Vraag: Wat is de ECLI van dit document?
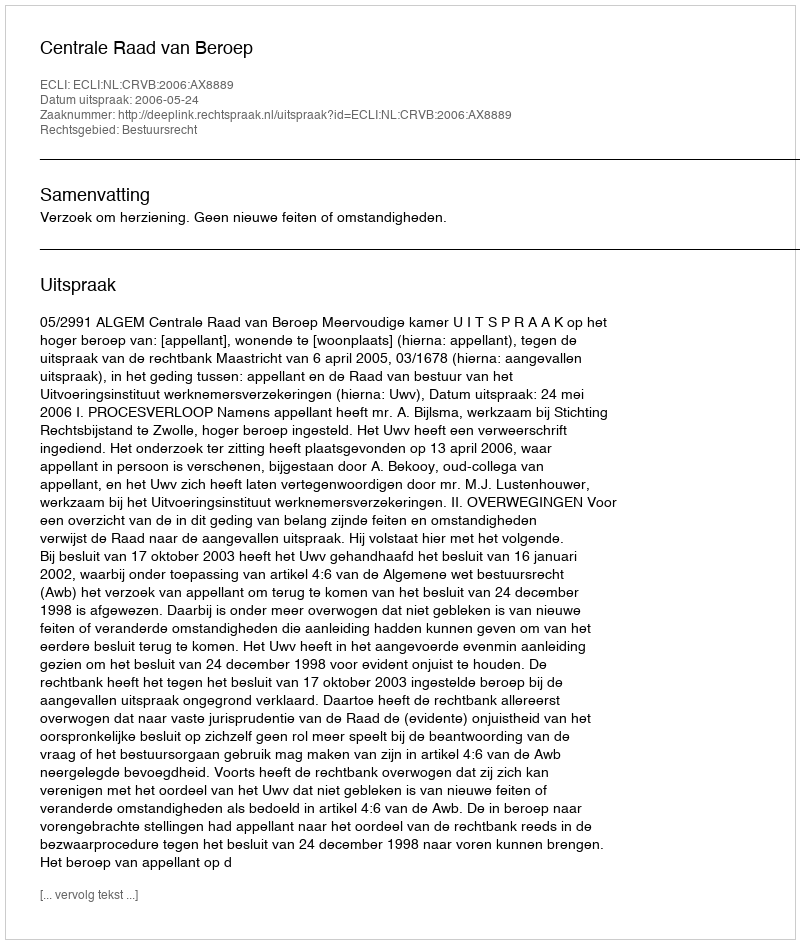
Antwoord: ECLI:NL:CRVB:2006:AX8889